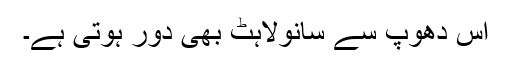
اس دھوپ سے سانولاہٹ بھی دور ہوتی ہے۔